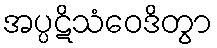
အပ္ပဋိသံဝေဒိတွာ